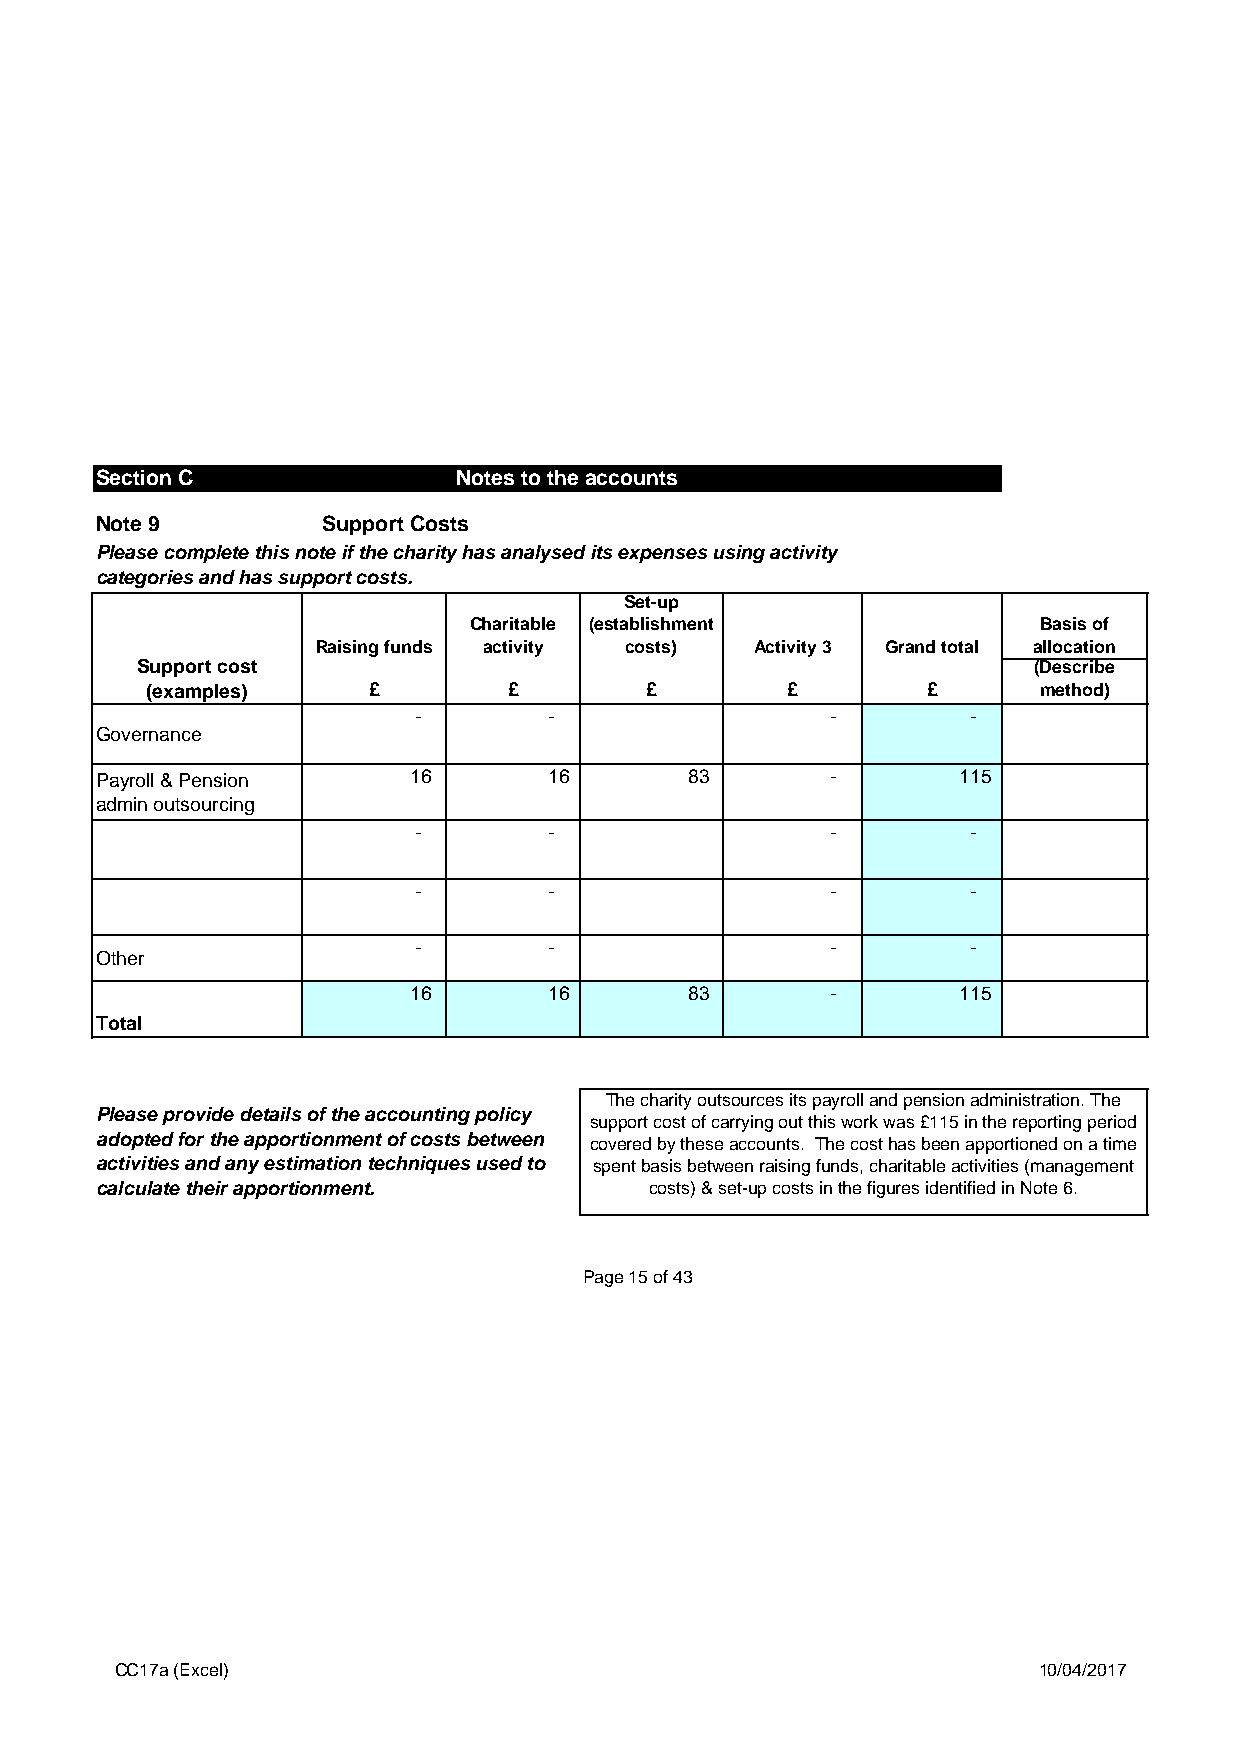
Section C               Notes to the accounts                (cont)
 Note 9         Support Costs
 Please complete this note if the charity has analysed its expenses using activity
 categories and has support costs.
 Set-up
 Charitable (establishment             Basis of
 Raising funds activity costs) Activity 3 Grand total allocation
 Support cost                                               (Describe
 (examples)    £         £        £        £        £       method)
 -        -                  -        -
 Governance
 Payroll & Pension    16       16        83       -       115
 admin outsourcing
 -        -                  -        -
 -        -                  -        -
 -        -                  -        -
 Other
 16       16        83       -       115
 Total
 The charity outsources its payroll and pension administration. The
 Please provide details of the accounting policy
 support cost of carrying out this work was £115 in the reporting period
 adopted for the apportionment of costs between covered by these accounts. The cost has been apportioned on a time
 activities and any estimation techniques used to spent basis between raising funds, charitable activities (management
 calculate their apportionment.       costs) & set-up costs in the figures identified in Note 6.
 Page 15 of 43
 CC17a (Excel)                                                10/04/2017